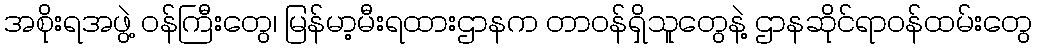
အစိုးရအဖွဲ့ ဝန်ကြီးတွေ၊ မြန်မာ့မီးရထားဌာနက တာဝန်ရှိသူတွေနဲ့ ဌာနဆိုင်ရာဝန်ထမ်းတွေ